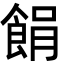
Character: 䬼